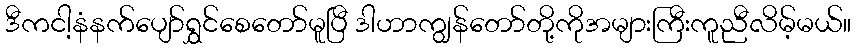
ဒီကငါ့နံနက်ပျော်ရွှင်စေတော်မူပြီ ဒါဟာကျွန်တော်တို့ကိုအများကြီးကူညီလိမ့်မယ်။